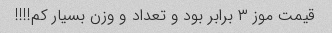
قیمت موز ۳ برابر بود و تعداد و وزن بسیار کم!!!!